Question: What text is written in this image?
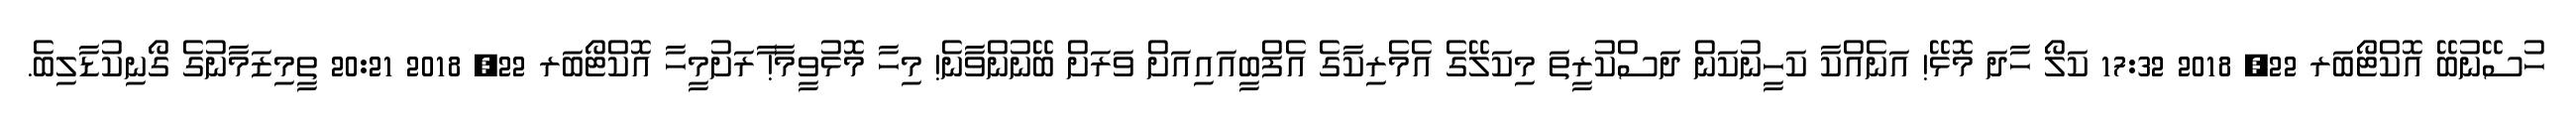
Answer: ހުސޭނުބޭ އޮކްޓޯބަރ 22, 2018 17:32 ކަލޯ ހާދަ މޮޅޭ! އަނެއްކާ ކަހީނުކަން ދަސްކުރީތަ މިކަލޭގެ އެމެރިކާގެ އެފްބީއައިއަށް ވަރަށް ބޭނުންވާނެ! މިހާ މޮޅުވީމާ! ާރަށުމީހާ އޮކްޓޯބަރ 22, 2018 20:21 ތީމިޒަމާނުގެ ގޯނިކުޑާލިބެ.